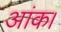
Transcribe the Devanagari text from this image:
आंक।